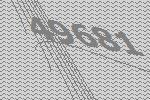
49681